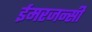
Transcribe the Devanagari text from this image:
ईमरजन्सी